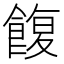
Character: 𩜲